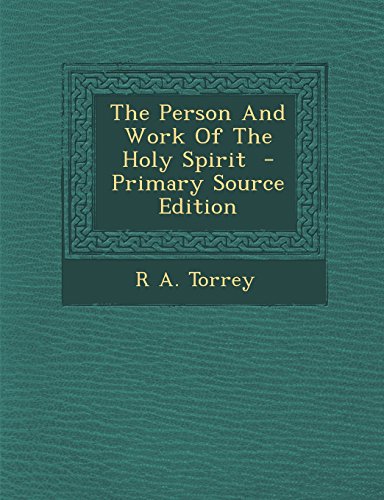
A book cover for The Person and Work of the Holy Spirit - Primary Source Edition; R. a. Torrey; Christian Books & Bibles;